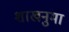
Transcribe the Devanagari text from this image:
शाखनुमा